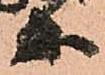
等